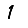
Digit: 1